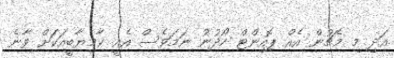
އަދި މި މެޗުން އެއް ޕޮއިންޓް ހޯދުނު ނަމަވެސް އެއީ ކާމިޔާބީއަކަށް ވާނެ